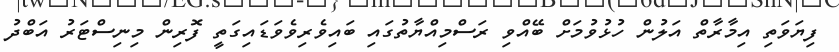
ފިޔަވަތި އިމާރާތް އަލުން ހުޅުވުމަށް ބޭއްވި ރަސްމިއްޔާތުގައި ބައިވެރިވެވަޑައިގަތީ ފޮރިން މިނިސްޓަރު އަބްދު